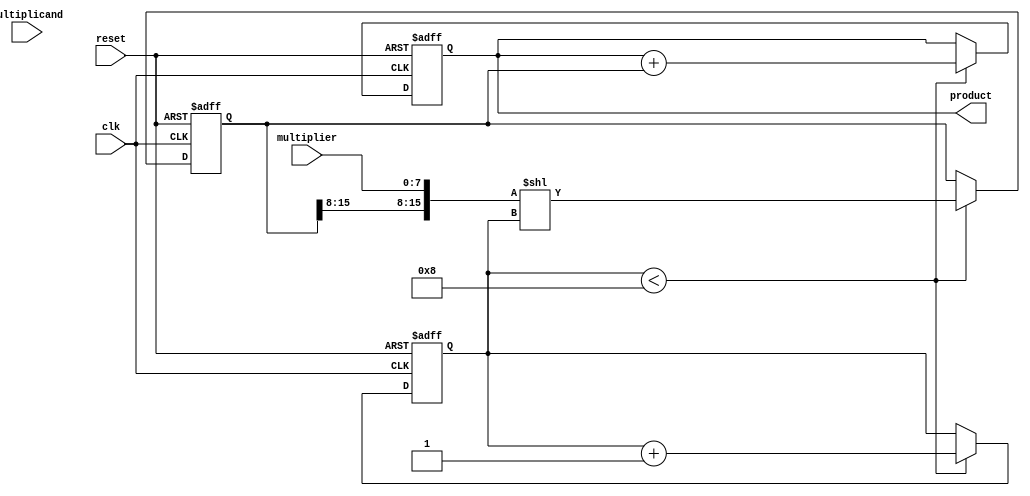
module shift_and_add_multiplier(
  input wire clk,
  input wire reset,
  input wire [7:0] multiplier,
  input wire [7:0] multiplicand,
  output reg [15:0] product
);
  
  reg [15:0] partial_product;
  reg [3:0] shift_counter;
  
  always @(posedge clk or posedge reset) begin
    if (reset) begin
      partial_product <= 16'b0;
      shift_counter <= 4'b0;
      product <= 16'b0;
    end else begin
      if (shift_counter < 8) begin
        partial_product <= {partial_product[15:8], multiplier} << shift_counter;
        product <= product + partial_product;
        shift_counter <= shift_counter + 1;
      end
    end
  end
  
endmodule